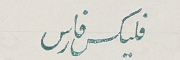
فليكس فارس